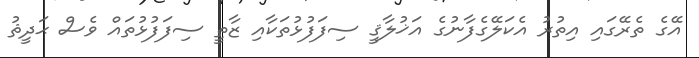
އޭގެ ތެރޭގައި އިތުރު އެކަލޭގެފާނުގެ އަޚުލާޤީ ސިފަފުޅުތަކާއި ޒާތީ ސިފަފުޅުތައް ވެސް ޙަދީޘު